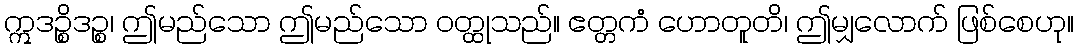
ဣဒဉ္စိဒဉ္စ၊ ဤမည်သော ဤမည်သော ဝတ္ထုသည်။ ဧတ္တကံ ဟောတူတိ၊ ဤမျှလောက် ဖြစ်စေဟု။